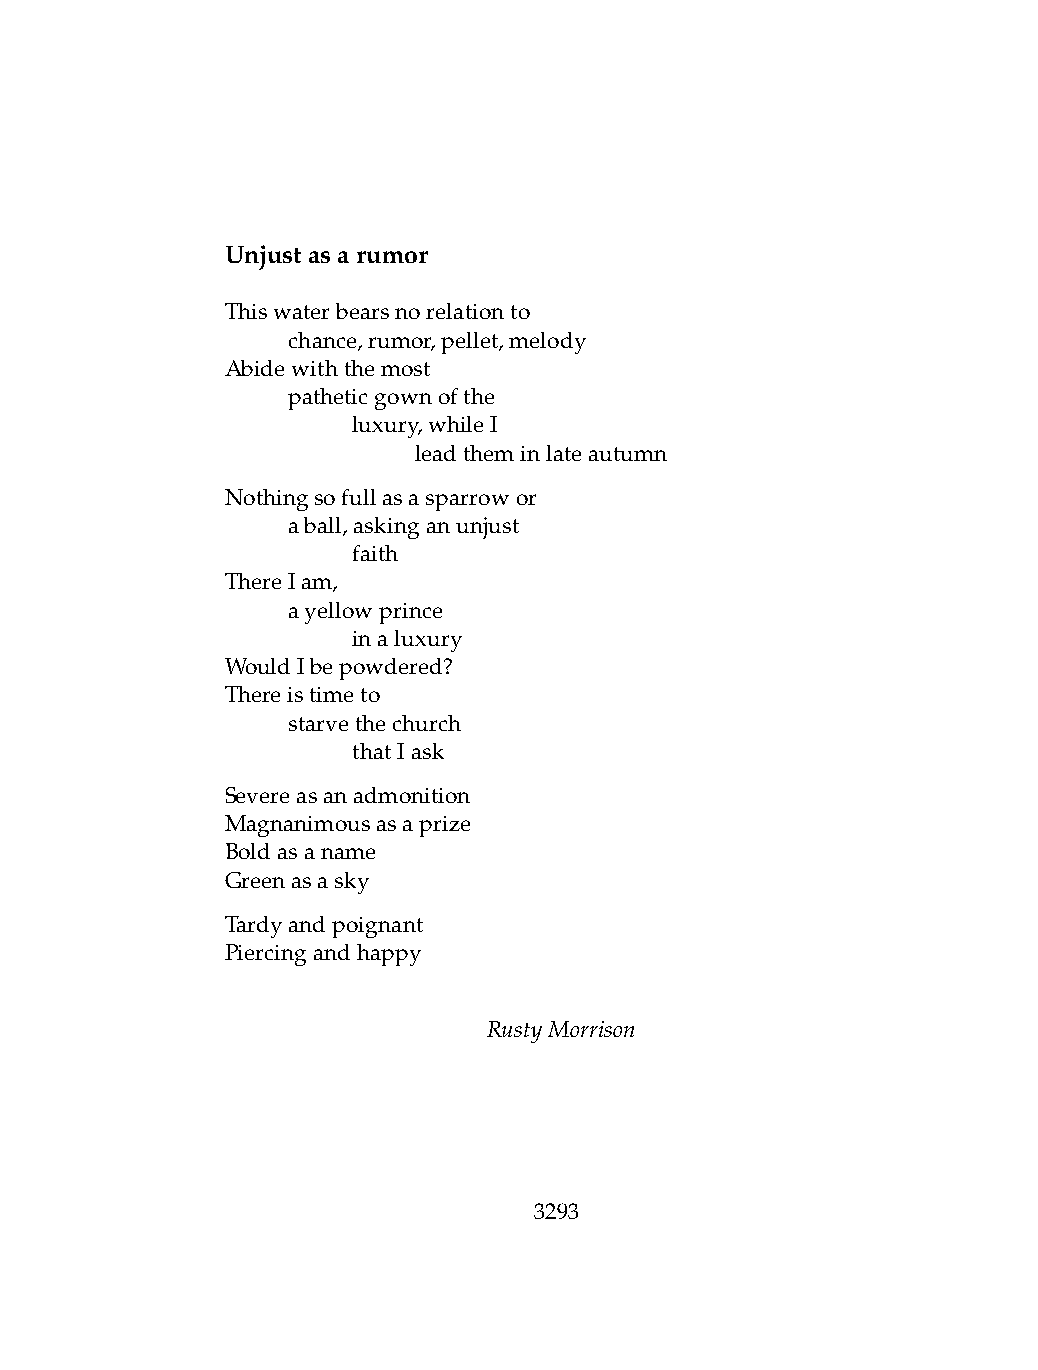
Unjustasarumor
 Thiswaterbearsnorelationto
 .   chance,rumor,pellet,melody
 Abidewiththemost
 .   patheticgownofthe
 .   .   luxury,whileI
 .   .   .   leadtheminlateautumn
 Nothingsofullasasparrowor
 .   aball,askinganunjust
 .   .   faith
 ThereIam,
 .   ayellowprince
 .   .   inaluxury
 WouldIbepowdered?
 Thereistimeto
 .   starvethechurch
 .   .   thatIask
 Severeasanadmonition
 Magnanimousasaprize
 Boldasaname
 Greenasasky
 Tardyandpoignant
 Piercingandhappy
 RustyMorrison
 3293